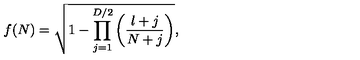
f ( N ) = \sqrt { 1 - \prod _ { j = 1 } ^ { D / 2 } \left( \frac { l + j } { N + j } \right) } ,